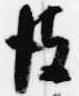
彼